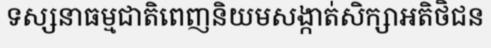
ទស្សនាធម្មជាតិពេញនិយមសង្កាត់សិក្សាអតិថិជន